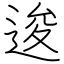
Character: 逡